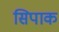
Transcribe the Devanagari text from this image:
सिपाक